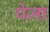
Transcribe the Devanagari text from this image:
पेजा